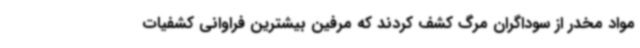
مواد مخدر از سوداگران مرگ کشف کردند که مرفین بیشترین فراوانی کشفیات